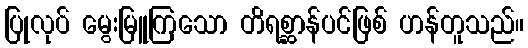
ပြုလုပ် မွေးမြူကြသော တိရစ္ဆာန်ပင်ဖြစ် ဟန်တူသည်။